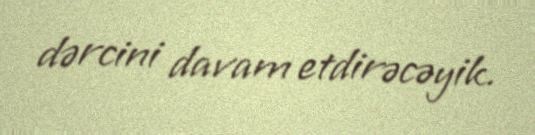
dərcini davam etdirəcəyik.